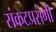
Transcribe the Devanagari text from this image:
संकटप्रसंगी